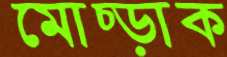
মোচ্‌ড়াক